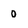
Character: 0